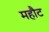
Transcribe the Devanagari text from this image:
महौट